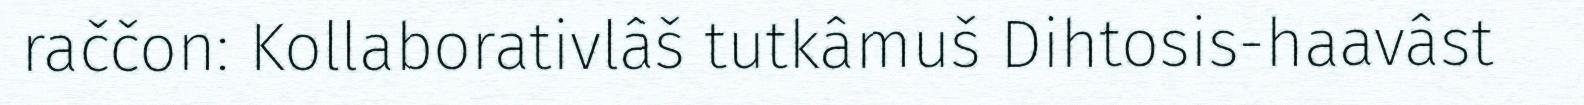
raččon: Kollaborativlâš tutkâmuš Dihtosis-haavâst